Vabadussoja_Ajaloo_Komitee, lk 10
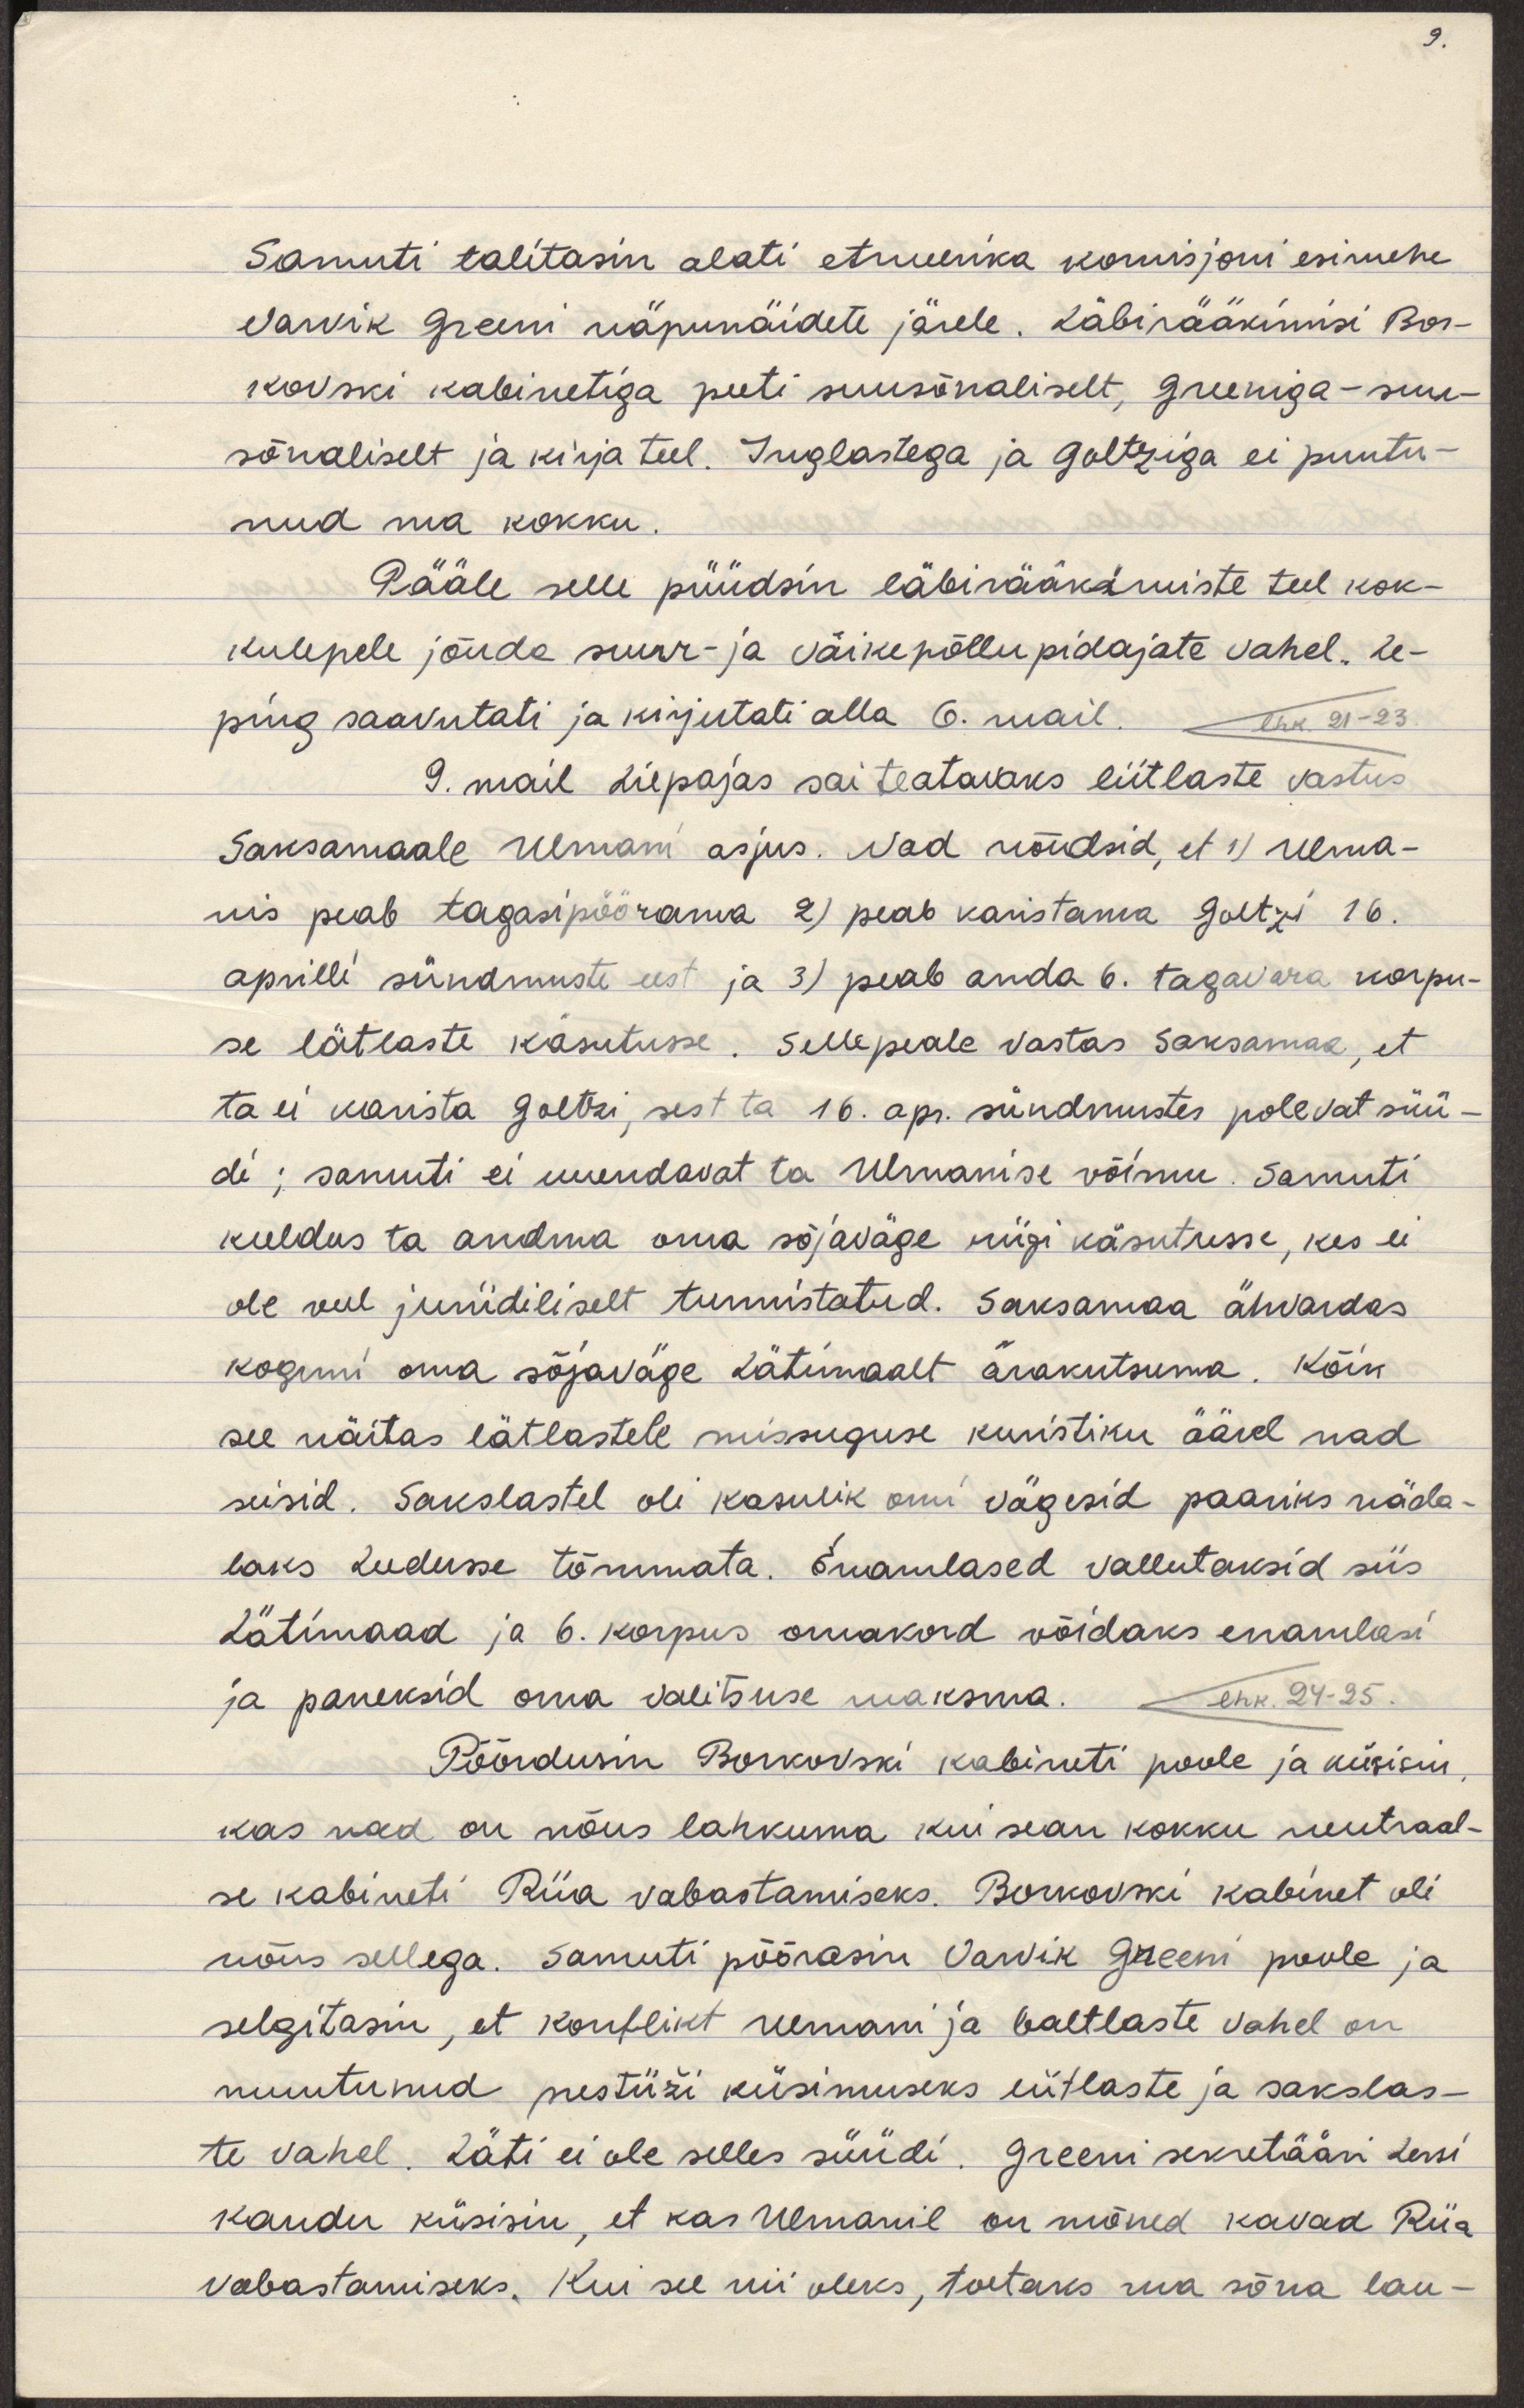
Samuti talitasin alati etruelrika komisjoni esimehe 
Varvik Greeni näpunäidete järele. Läbirääkimisi Bor-
kovski kabinetiga peeti suusõnaliselt, Greeniga - suu-
sõnaliselt ja kirja teel. Inglastega ja Goltziga ei puutu-
nud ma kokku.
Pääle selle püüdsin läbirääkimiste teel kok-
kulepele jõuda suur- ja väikepõllupidajate vahel. Le-
ping saavutati ja kirjutati alla 6. mail.
9. mai Liepajas sai teatavaks liitlaste vastus
Saksamaale Ulmani asjus. Nad nõudsid, et 1) Ulma-
nis peab tagasipöörduma 2) peab karistama Goltzi 16.
aprilli sündmuste eest ja 3) peab andma 6. tagavara korpu-
se lätlaste käsutusse. Sellepeale vastas Saksamaa, et
ta ei karista Goltzi, sest ta 16. apr. sündmustes polevat süü-
di; samuti ei uuendavat ta Ulmanise võimu. Samuti
keeldus ta andma oma sõjaväge riigi käsutusse, kes ei 
ole veel juriidiliselt tunnistatud. Saksamaa ähvardas
koguni oma sõjaväge Lätimaalt ärakutsuma. Kõik
see näitas lätlastele missuguse kuristiku äärel nad
seisid. Sakslastel oli kasulik omi vägesid paariks näda-
laks Leeduse tõmmata. Enamlased vallutaksid siis
Lätimaad ja 6. korpus omakord võidaks enamlasi
ja paneksid oma valitsuse maksma.
Pöördusin Borkovski kabineti poole ja küsisin, 
kas nad on nõus lahkuma kui sean kokku neutraal-
se kabineti Riia vabastamiseks. Borkovski kabinet oli
nõus sellega. Samuti pöörasin Varvik Greeni poole ja
selgitasin, et konflikt Ulmani ja baltlaste vahel on
muutunud prestiiži küsimuseks liitlaste ja sakslas-
te vahel. Läti ei ole selles süüdi. Greeni sekretääri Lersi
kaudu küsisin, et kas Ulmanil on mõned kavad Riia
vabastamiseks. Kui see nii oleks, toetaks ma sõna lau-